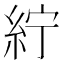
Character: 紵